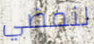
لنمضي